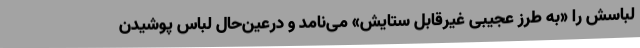
لباسش را «به طرز عجیبی غیرقابل ستایش» می‌نامد و درعین‌حال لباس پوشیدن